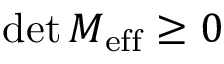
\operatorname* { d e t } M _ { \mathrm { { e f f } } } \geq 0